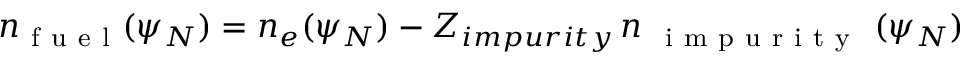
n _ { \mathrm { ~ f ~ u ~ e ~ l ~ } } ( \psi _ { N } ) = n _ { e } ( \psi _ { N } ) - Z _ { i m p u r i t y } \, n _ { \mathrm { ~ { ~ i ~ m ~ p ~ u ~ r ~ i ~ t ~ y ~ } ~ } } ( \psi _ { N } )